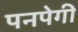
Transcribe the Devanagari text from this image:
पनपेगी